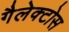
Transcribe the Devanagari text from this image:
गैलेक्टोस